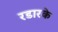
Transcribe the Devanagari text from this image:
रडारके